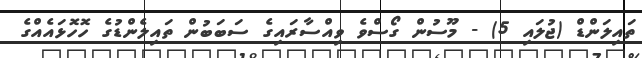
ތައިލަންޑް (ޖުލައި 5) - މޫސުން ގޯސްވެ ވިއްސާރައިގެ ސަބަބުން ތައިލެންޑުގެ ހޮހޮޅައެއްގެ